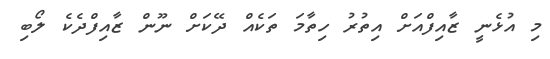
މި އުޅެނީ ޒާއިފްއަށް އިތުރު ހިތާމަ ތަކެއް ދޭކަށް ނޫން ޒާއިފްދެކެ ލޯބި